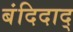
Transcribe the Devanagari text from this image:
बंदिदाद्